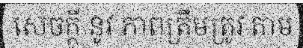
សេចក្តី នូវ ភាពត្រឹមត្រូវ តាម